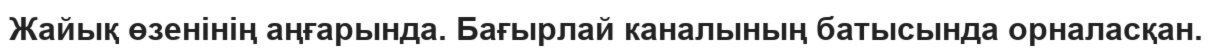
Жайық өзенінің аңғарында. Бағырлай каналының батысында орналасқан.